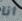
انا